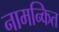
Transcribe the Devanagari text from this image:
नामन्कित